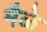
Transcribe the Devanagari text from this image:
मैळे